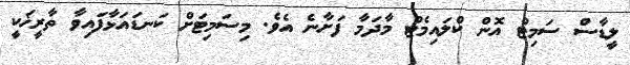
ލީޑާސް ސަމިޓް އޮން ކްލައިމެޓް މާދަމާ ފަށާނެ އެވެ. މިސަމިޓަށް ކަނޑައަޅާފައިވާ ތާރީޚަކީ